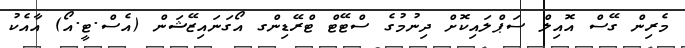
މެރިން ގޭސް އޮއިލް ސަޕްލައިކޮށް ދިނުމުގެ ސްޓޭޓް ޓްރޭޑިންގ އޯގަނައިޒޭޝަން (އެސް.ޓީ.އޯ) އާއެކު